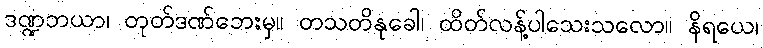
ဒဏ္ဍဘယာ၊ တုတ်ဒဏ်ဘေးမှ။ တသတိနုခေါ၊ ထိတ်လန့်ပါသေးသလော။ နိရယေ၊